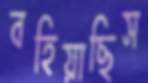
বহিয়াছিস